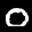
Label: 0